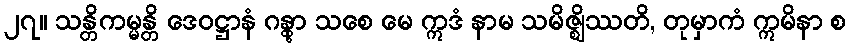
၂၇။ သန္တိကမ္မန္တိ ဒေဝဋ္ဌာနံ ဂန္တွာ သစေ မေ ဣဒံ နာမ သမိဇ္ဈိဿတိ, တုမှာကံ ဣမိနာ စ